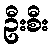
ဦးစီး